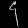
Digit: ၄